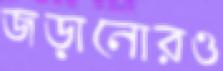
জড়ানোরও